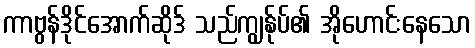
ကာဗွန်ဒိုင်အောက်ဆိုဒ် သည်ကျွန်ုပ်၏ အိုဟောင်းနေသော